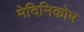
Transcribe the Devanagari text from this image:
मेदिनिकोष